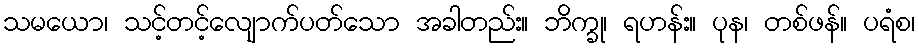
သမယော၊ သင့်တင့်လျောက်ပတ်သော အခါတည်း။ ဘိက္ခု၊ ရဟန်း။ ပုန၊ တစ်ဖန်။ ပရံစ၊